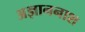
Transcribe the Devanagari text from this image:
अज्ञाननाश